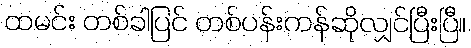
ထမင်း တစ်ခါပြင် တစ်ပန်းကန်ဆိုလျှင်ပြီးပြီ။